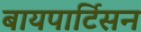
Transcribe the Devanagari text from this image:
बायपार्टिसन